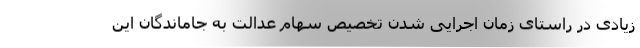
زیادی در راستای زمان اجرایی شدن تخصیص سهام عدالت به جاماندگان این